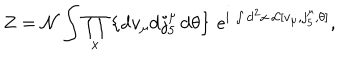
Z = { \cal N } \int \prod _ { x } \left\{ \mathrm { d } v _ { \mu } \mathrm { d } j _ { 5 } ^ { \mu } \, \mathrm { d } \theta \right\} \, e ^ { \mathrm { i } \, \int \mathrm { d } ^ { 2 } x \, { \cal L } [ v _ { \mu } , j _ { 5 } ^ { \mu } , \theta ] } ,